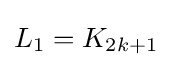
L_{1}=K_{2k+1}